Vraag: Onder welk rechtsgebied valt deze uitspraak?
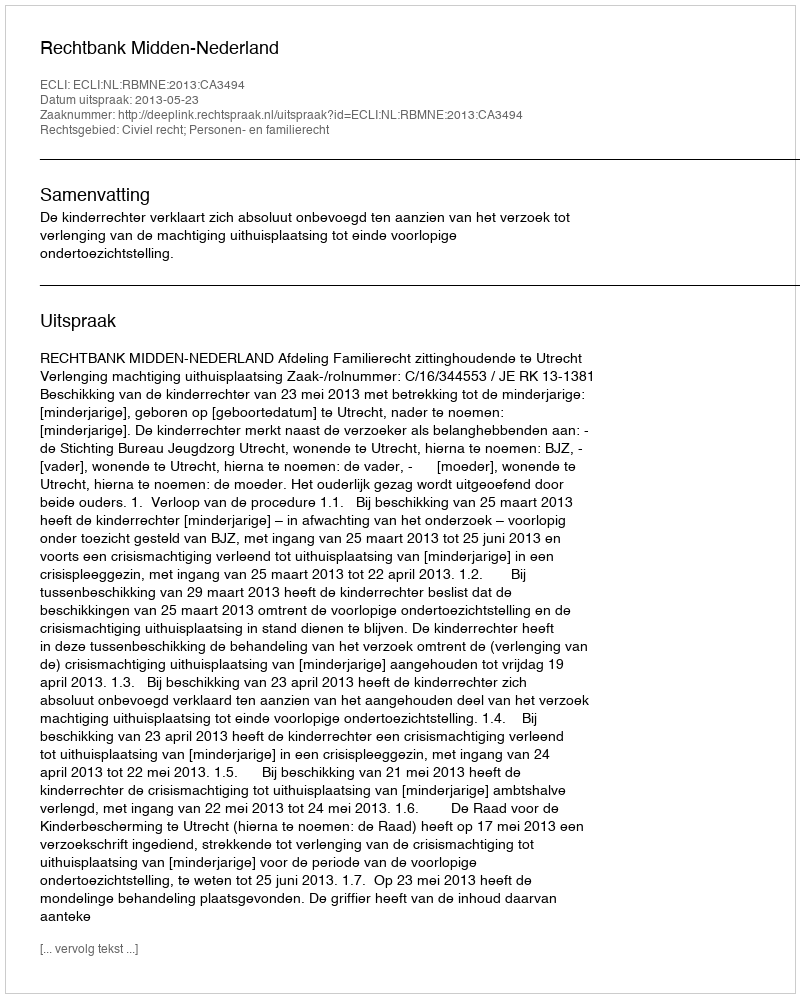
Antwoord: Civiel recht; Personen- en familierecht